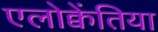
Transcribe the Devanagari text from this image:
एलोक्वेंतिया